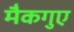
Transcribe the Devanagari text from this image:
मैकगुए